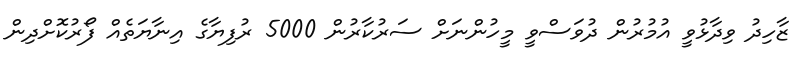
ޒާހިދު ވިދާޅުވީ އުމުރުން ދުވަސްވީ މީހުންނަށް ސަރުކާރުން 5000 ރުފިޔާގެ އިނާޔަތެއް ފޯރުކޮށްދިން